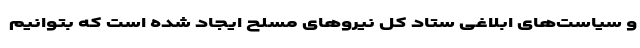
و سیاست‌های ابلاغی ستاد کل نیرو‌های مسلح ایجاد شده است که بتوانیم